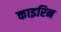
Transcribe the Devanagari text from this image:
काइरिन